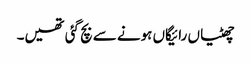
چھٹیاں رائیگاں ہونے سے بچ گئی تھیں۔